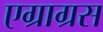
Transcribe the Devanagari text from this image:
एग्राग्रस